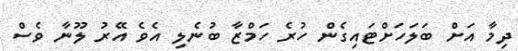
ދިމާ އަށް ބަލަހަށްޓައިގެން ހުރެ ހަމްޒާ ބުނެލި އެވެ އޭރު ލޫނާ ވެސް